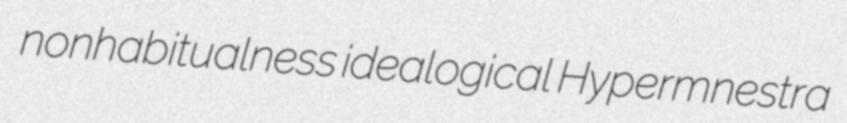
nonhabitualness idealogical Hypermnestra